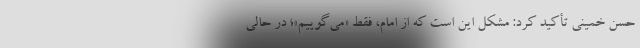
حسن خمینی تأکید کرد: مشکل این است که از امام، فقط «می‌گوییم»؛ در حالی